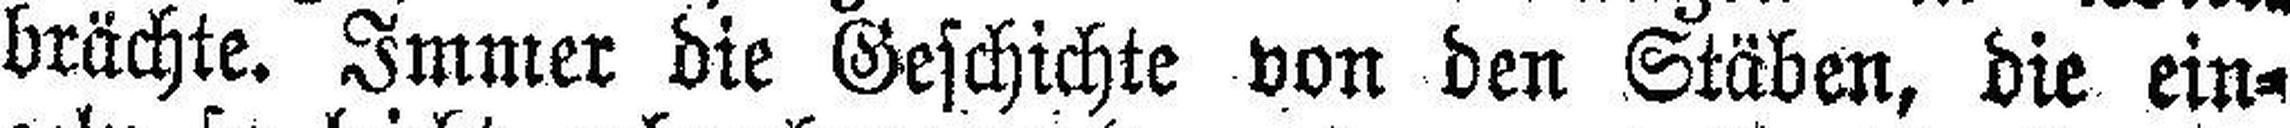
brächte. Immer die Geschichte von den Stäben, die ein¬